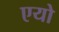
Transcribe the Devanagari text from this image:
एयो